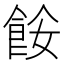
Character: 𩛅